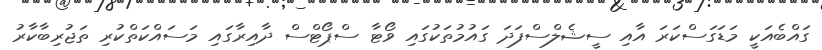
ގައްބެއަކީ މަޑަގަސްކަރަ އާއި ސީޝެލްސްފަދަ ގައުމުތަކުގައި ވޯޓާ ސްޕޯޓްސް ދާއިރާގައި މަސައްކަތްކުރި ތަޖުރިބާކާރު